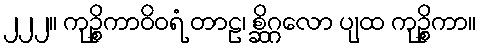
၂၂၂။ ကုဉ္စိကာဝိဝရံ တာဠ၊ စ္ဆိဂ္ဂလော ပျထ ကုဉ္စိကာ။